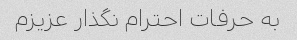
به حرفات احترام نگذار عزیزم